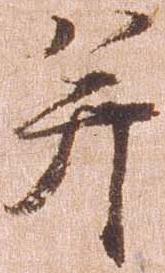
并